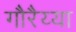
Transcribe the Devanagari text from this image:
गौरैय्या